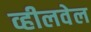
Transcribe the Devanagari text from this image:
व्हीलवेल